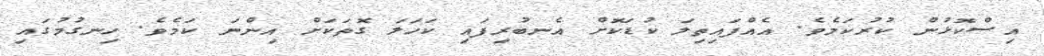
އިސްކޮޅުން ކުރުކަމެވެ. އެއްފައިތިލަ ކުޑަކޮށް އެނބުރިފައި ކަހަލަ ގޮތަކަށް އިންނަ ކަމެވެ. ހިނގުމުގައި